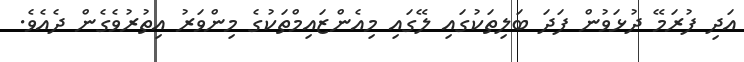
އަދި ފުރަމޭ ދުޅަވުން ފަދަ ބަލިތަކުގައި ލޭގައި މިއެންޒައިމްތަކުގެ މިންވަރު އިތުރުވެގެން ދެއެވެ.